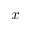
x